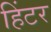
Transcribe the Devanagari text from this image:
हिंटर